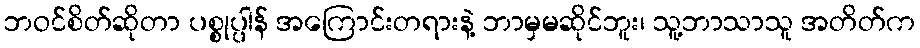
ဘဝင်စိတ်ဆိုတာ ပစ္စုပ္ပါန် အကြောင်းတရားနဲ့ ဘာမှမဆိုင်ဘူး၊ သူ့ဘာသာသူ အတိတ်က